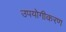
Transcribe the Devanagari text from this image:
उपयोगीकरण